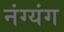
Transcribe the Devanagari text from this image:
नंग्यंग